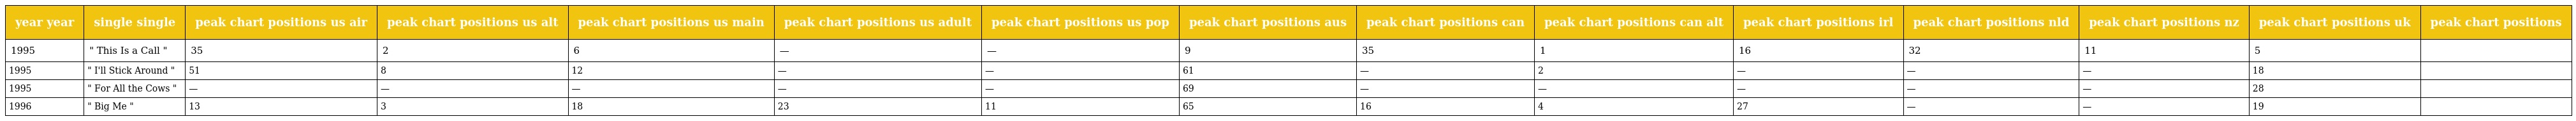
| year year | single single | peak chart positions us air | peak chart positions us alt | peak chart positions us main | peak chart positions us adult | peak chart positions us pop | peak chart positions aus | peak chart positions can | peak chart positions can alt | peak chart positions irl | peak chart positions nld | peak chart positions nz | peak chart positions uk | peak chart positions |
 | --- | --- | --- | --- | --- | --- | --- | --- | --- | --- | --- | --- | --- | --- | --- |
 | 1995 | " This Is a Call " | 35 | 2 | 6 | — | — | 9 | 35 | 1 | 16 | 32 | 11 | 5 |  |
 | 1995 | " I'll Stick Around " | 51 | 8 | 12 | — | — | 61 | — | 2 | — | — | — | 18 |  |
 | 1995 | " For All the Cows " | — | — | — | — | — | 69 | — | — | — | — | — | 28 |  |
 | 1996 | " Big Me " | 13 | 3 | 18 | 23 | 11 | 65 | 16 | 4 | 27 | — | — | 19 |  |